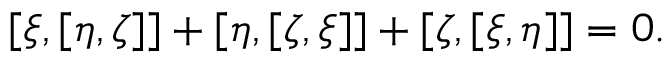
[ \xi , [ \eta , \zeta ] ] + [ \eta , [ \zeta , \xi ] ] + [ \zeta , [ \xi , \eta ] ] = 0 .